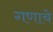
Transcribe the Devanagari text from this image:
गणाचे